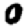
Digit: 0